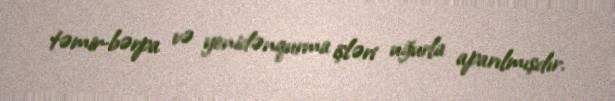
təmir-bərpa və yenidənqurma işləri uğurla aparılmışdır.